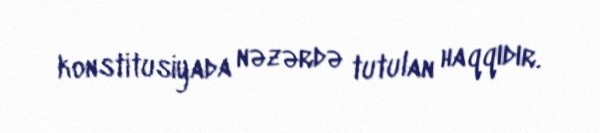
konstitusiyada nəzərdə tutulan haqqıdır.